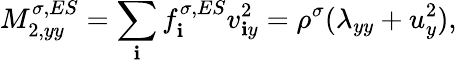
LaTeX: M_{2,yy}^{\sigma,ES}=\sum_{\mathbf{i}}f_{\mathbf{i}}^{\sigma,ES}v_{\mathbf{i}y}^{2}=\rho^{\sigma}(\lambda_{yy}+u_{y}^{2}),